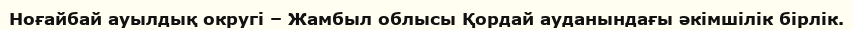
Ноғайбай ауылдық округі – Жамбыл облысы Қордай ауданындағы әкімшілік бірлік.